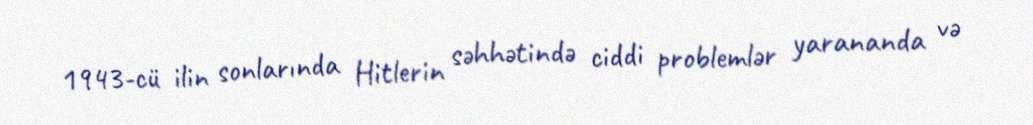
1943-cü ilin sonlarında Hitlerin səhhətində ciddi problemlər yarananda və